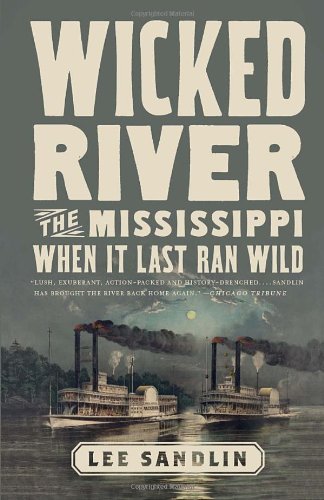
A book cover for Wicked River: The Mississippi When It Last Ran Wild; Lee Sandlin; History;